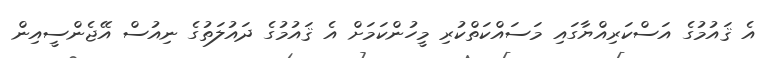
އެ ޤައުމުގެ އަސްކަރިއްޔާގައި މަސައްކަތްކުރި މީހުންކަމަށް އެ ޤައުމުގެ ދައުލަތުގެ ނިއުސް އޭޖެންސީއިން